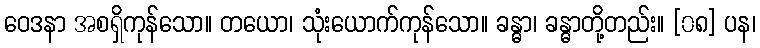
ဝေဒနာ အစရှိကုန်သော။ တယော၊ သုံးယောက်ကုန်သော။ ခန္ဓာ၊ ခန္ဓာတို့တည်း။ [၀၈] ပန၊